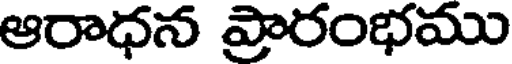
ఆరాధన ప్రారంభము